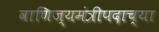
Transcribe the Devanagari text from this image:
वाणिज्यमंत्रीपदाच्या